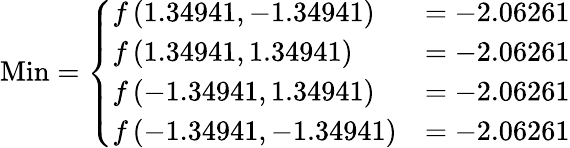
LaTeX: {\mathrm{Min}}={\left\{ \begin{array}{ll}{f\left(1.34941,-1.34941\right)}&{=-2.06261}\\ {f\left(1.34941,1.34941\right)}&{=-2.06261}\\ {f\left(-1.34941,1.34941\right)}&{=-2.06261}\\ {f\left(-1.34941,-1.34941\right)}&{=-2.06261}\end{array}\right.}